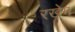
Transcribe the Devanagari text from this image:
रखेम